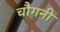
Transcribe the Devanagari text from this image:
चौगनी